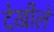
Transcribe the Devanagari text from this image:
देखीले